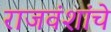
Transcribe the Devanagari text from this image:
राजवंशांचे